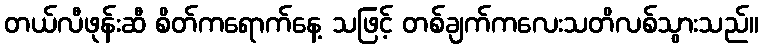
တယ်လီဖုန်းဆီ စိတ်ကရောက်နေ့ သဖြင့် တစ်ချက်ကလေးသတိလစ်သွားသည်။